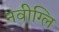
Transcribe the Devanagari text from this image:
नवीग्लि